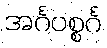
အင်္ဂပစ္စင်္ဂ